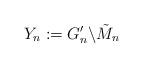
LaTeX: \begin{align*}Y_n:=G_n'\backslash\tilde{M}_n\end{align*}